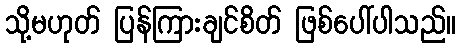
သို့မဟုတ် ပြန်ကြားချင်စိတ် ဖြစ်ပေါ်ပါသည်။